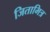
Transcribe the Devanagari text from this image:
जितामित्र